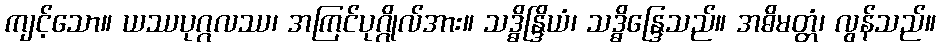
ကျင့်သော။ ယဿပုဂ္ဂလဿ၊ အကြင်ပုဂ္ဂိုလ်အား။ သဒ္ဓိန္ဒြိယံ၊ သဒ္ဓိန္ဒြေသည်။ အဓိမတ္တံ၊ လွန်သည်။